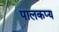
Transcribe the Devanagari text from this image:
पालकप्य